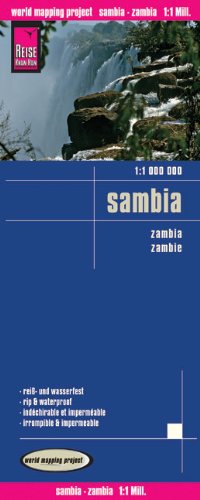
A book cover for Zambia {Sambia} (Spanish, German, English and French Edition); Reise Know-How Verlag; Travel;